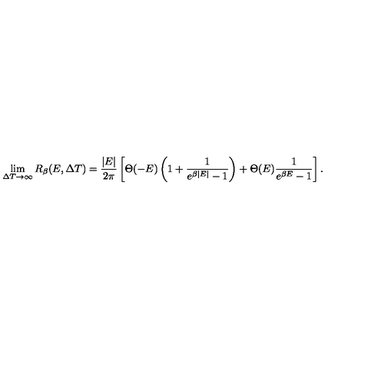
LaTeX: \lim _ { \Delta T \rightarrow \infty } R _ { \beta } ( E , \Delta T ) = \frac { | E | } { 2 \pi } \left[ \Theta ( - E ) \left( 1 + \frac { 1 } { e ^ { \beta | E | } - 1 } \right) + \Theta ( E ) \frac { 1 } { e ^ { \beta E } - 1 } \right] .